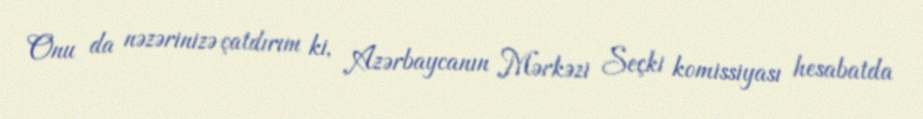
Onu da nəzərinizə çatdırım ki, Azərbaycanın Mərkəzi Seçki komissiyası hesabatda